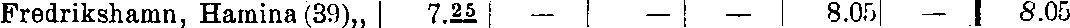
Fredrikshamn, Hamina (39),, 7.25 — — — 8.05 — 8.05